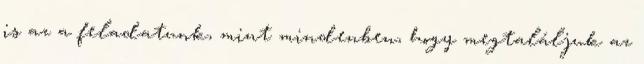
is az a feladatunk, mint mindenben, hogy megtaláljuk az